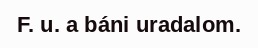
F. u. a báni uradalom.